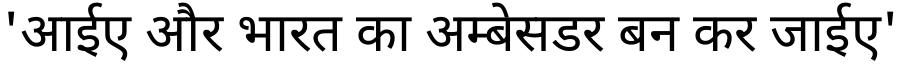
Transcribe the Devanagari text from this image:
'आईए और भारत का अम्बेसडर बन कर जाईए'